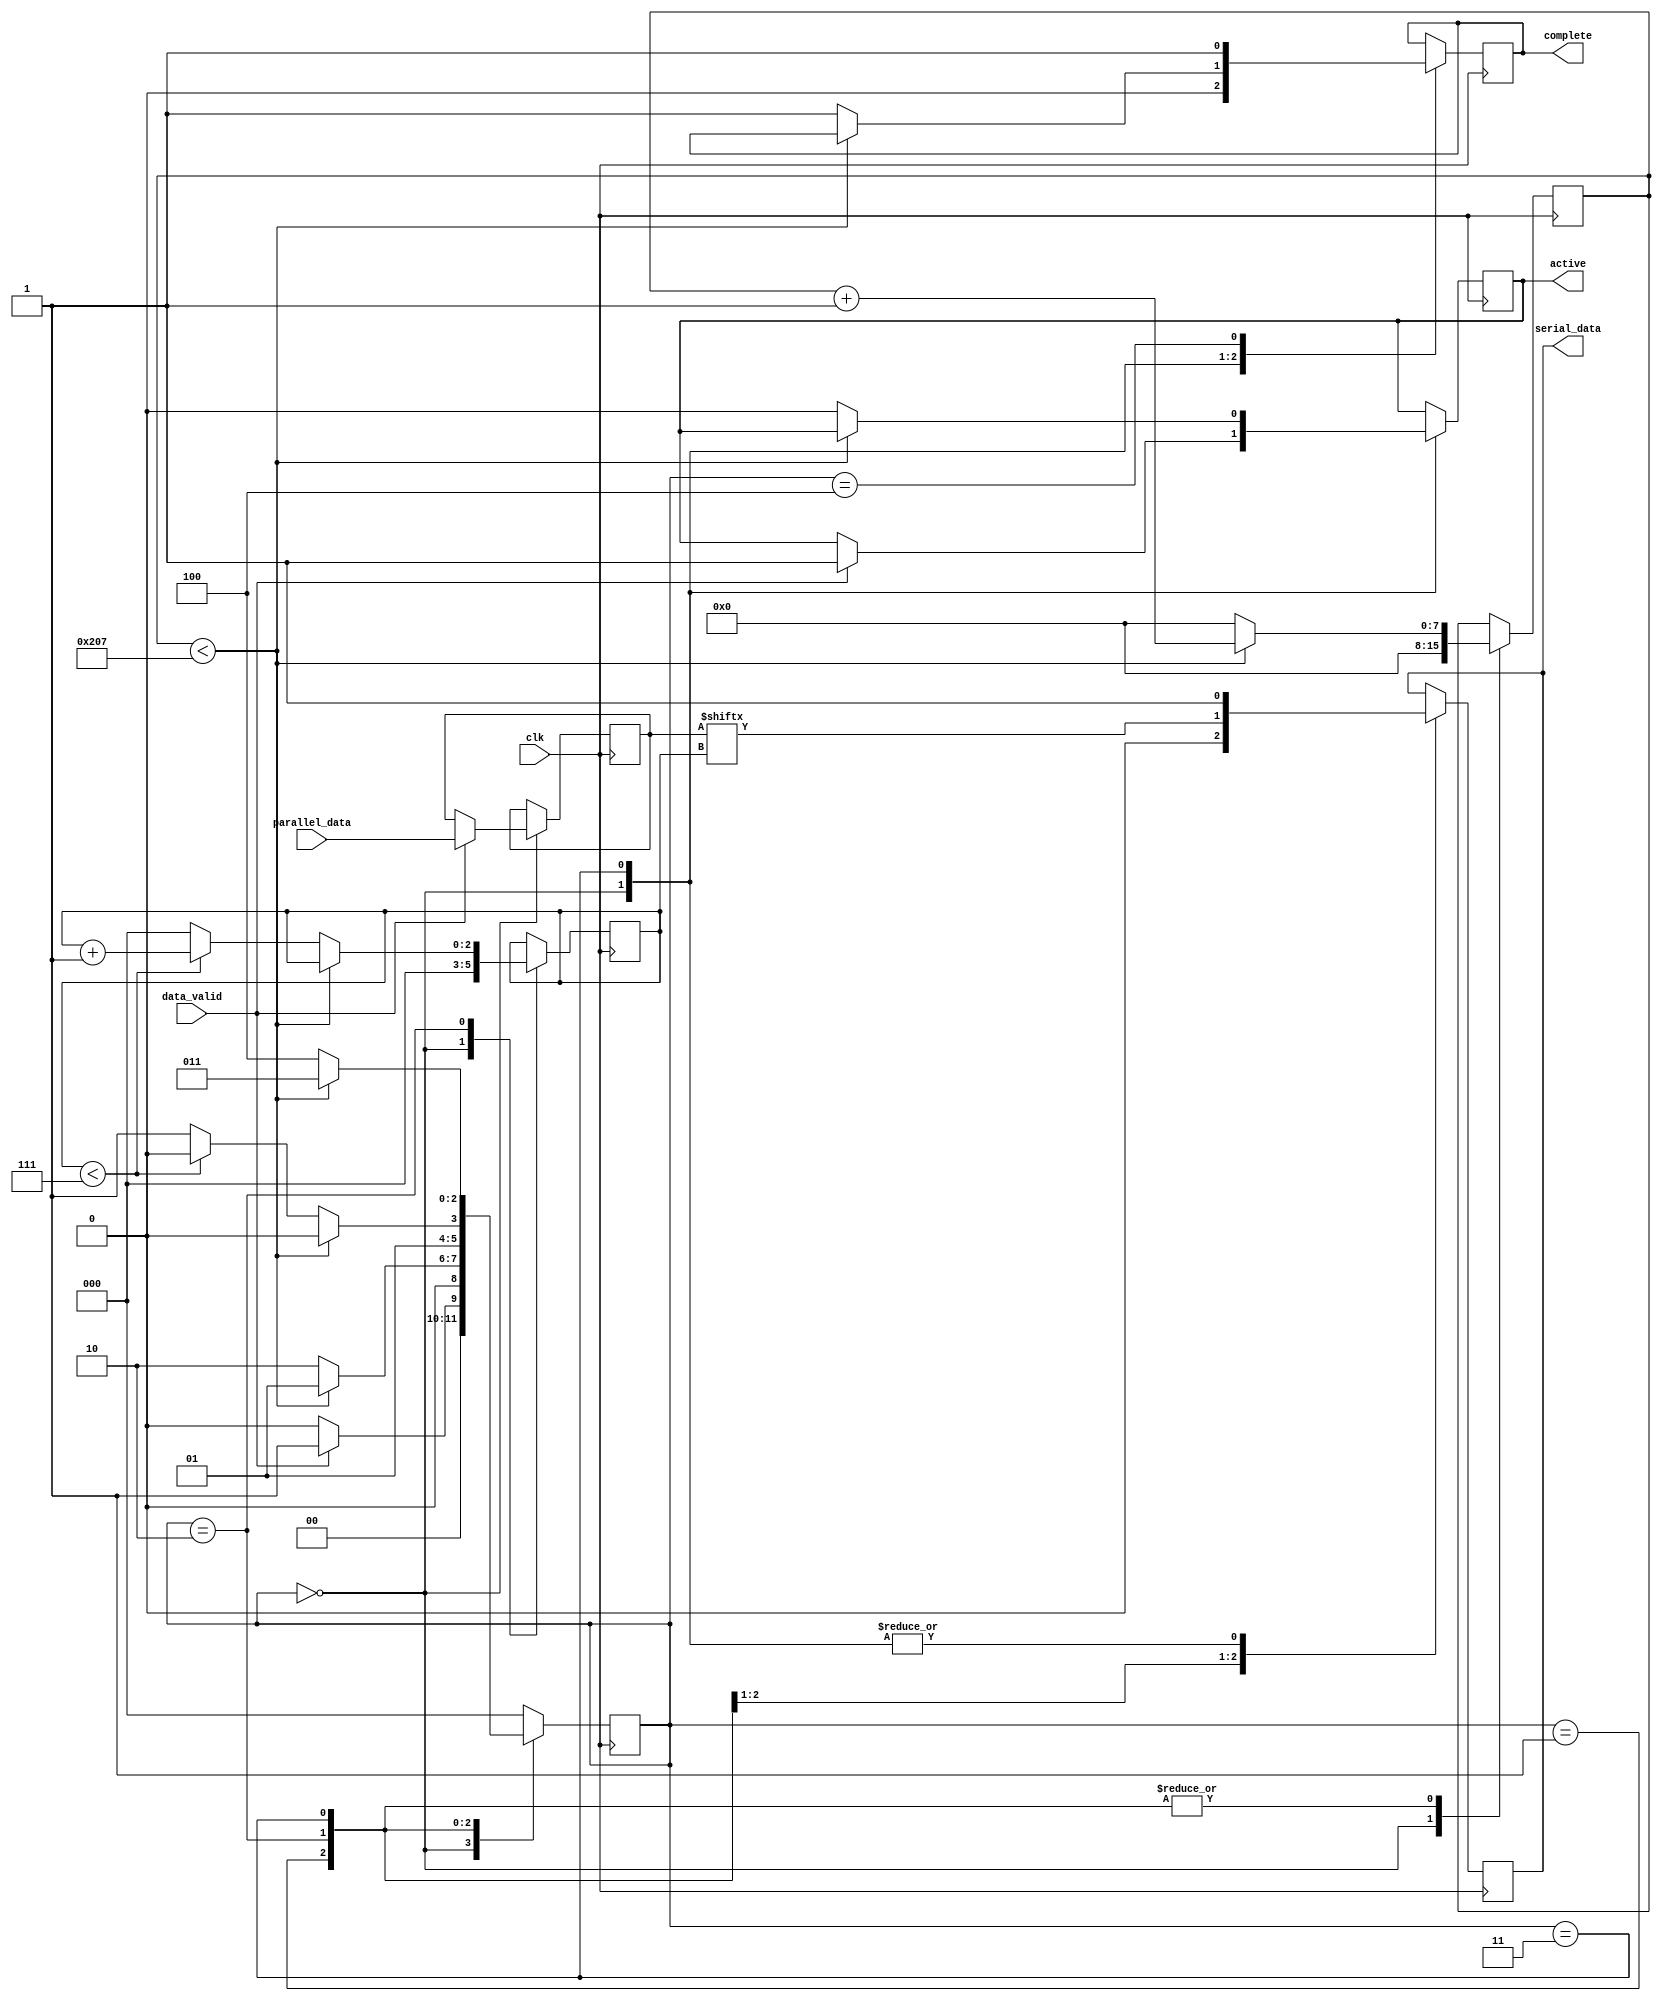
`timescale 1ns/1ps
//15 MHz Clock / 115200 = 130 baud rate
module u_transmitter #(parameter clocks_per_bit = 520) 
		   (input clk, input [7:0] parallel_data, input data_valid, output active, output reg serial_data, output complete);
	
	//State Machine initialize
	parameter INITIAL = 3'b000;
	parameter START = 3'b001;
	parameter DATA = 3'b010;
	parameter STOP = 3'b011;
	parameter RESET = 3'b100;

	//initializing the variables
	reg [7:0] clock_counter = 0;
	reg [2:0] index = 0;
	reg [7:0] data = 0;
	reg r_active = 0;
	reg r_complete = 0;
	reg [2:0] FSM = 0;

	assign active = r_active;
  	assign complete   = r_complete;

	//State Machine Protocol
	always @(posedge clk) begin
		case (FSM)
			INITIAL: begin
				serial_data <= 1'b1;
				r_complete <= 1'b0;
				clock_counter <= 0;
				index <= 0;

				if (data_valid == 1'b1) begin
					r_active <= 1'b1; 
					data <= parallel_data;
					FSM <= START;
				end
				else
					FSM <= INITIAL;
			end
		
			START: begin
				serial_data <= 1'b0;
				if (clock_counter < clocks_per_bit - 1) begin //cheking the clock for data
					clock_counter <= clock_counter + 1;
					FSM <= START;
				end
				else begin
					clock_counter <= 0;
					FSM <= DATA;
				end
			end
			
			DATA: begin
				serial_data <= data[index];
				if (clock_counter < clocks_per_bit -1) begin
					clock_counter <= clock_counter + 1;
					FSM <= DATA;
				end
				else begin
					clock_counter <= 0;
					if(index < 7) begin //checking if all the data is recieved
						index <= index + 1;
						FSM <= DATA;
					end
					else begin
						index <= 0;
						FSM <= STOP;
					end
				end
			end

			STOP: begin
				serial_data <= 1'b1;
				if (clock_counter < clocks_per_bit -1) begin
					clock_counter <= clock_counter + 1;
					FSM <= STOP;
				end
				else begin
					r_complete <= 1'b1;
					clock_counter <= 0;
					FSM <= RESET;
					r_active <= 1'b0;
				end
			end

			RESET: begin //reset the state machine
				r_complete <= 1'b1;
				FSM <= INITIAL;
			end
			
			default:
				FSM <= INITIAL;
		endcase
	end
endmodule